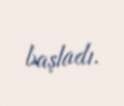
başladı.